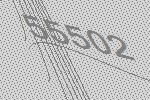
55502